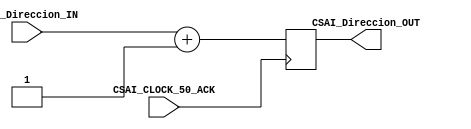
//=======================================================
//  MODULE Definition
//=======================================================
module CSAI #(parameter Direction_BUS_WIDTH = 11)(
	//////////// INPUTS //////////
   CSAI_CLOCK_50_ACK,
	CSAI_Direccion_IN,
	//////////// OUTPUTS //////////
   CSAI_Direccion_OUT
);
//=======================================================
//  PARAMETER declarations
//=======================================================

//=======================================================
//  PORT declarations
//=======================================================
   output reg [Direction_BUS_WIDTH-1:0]CSAI_Direccion_OUT;
	input [Direction_BUS_WIDTH-1:0]CSAI_Direccion_IN;
	input CSAI_CLOCK_50_ACK;
//=======================================================
//  REG/WIRE declarations
//=======================================================

//=======================================================
//  Structural coding
//=======================================================
initial CSAI_Direccion_OUT = 8'b00000000;
always@(negedge CSAI_CLOCK_50_ACK)
	CSAI_Direccion_OUT = CSAI_Direccion_IN + 1'b1;
endmodule